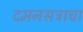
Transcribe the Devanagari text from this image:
दमनसत्राचा